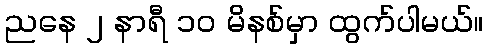
ညနေ ၂ နာရီ ၁၀ မိနစ်မှာ ထွက်ပါမယ်။